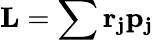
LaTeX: \mathbf{L}=\sum\mathbf{r_{j}}\mathbf{p}\mathbf{_{j}}